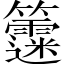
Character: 𥷻